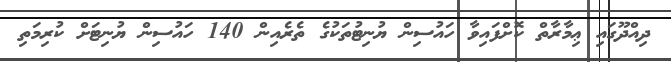
ދިއްދޫގައި ޢިމާރާތް ކޮށްފައިވާ ހައުސިން ޔުނިޓުތަކުގެ ތެރެއިން 140 ހައުސިން ޔުނިޓަށް ކުރިމަތި